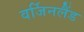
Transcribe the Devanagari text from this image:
वर्जिनलैंड